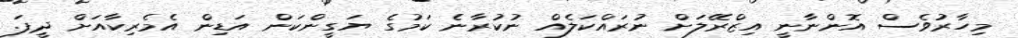
މިހާރުވެސް އޮންނާނީ އިޒްރޭލަށް ނުރައްކަލެއް ނުކުރާނެ ކަމުގެ ޔަގީންކަން އަޑިން އެމެރިކާއަށް ދީފަ.